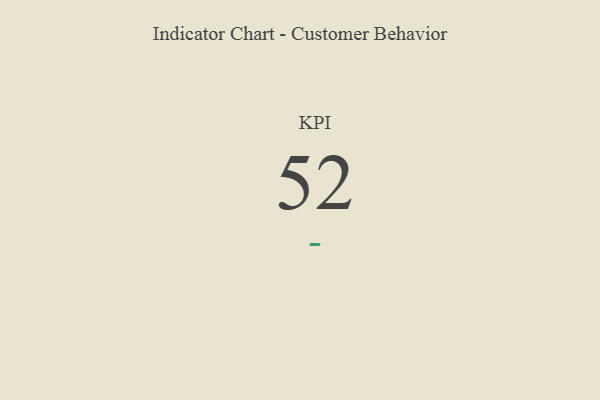
{"axis": {"x": "KPI", "y": "Value"}, "legend": [""], "data": [{"x": "KPI", "y": 52, "type": ""}]}